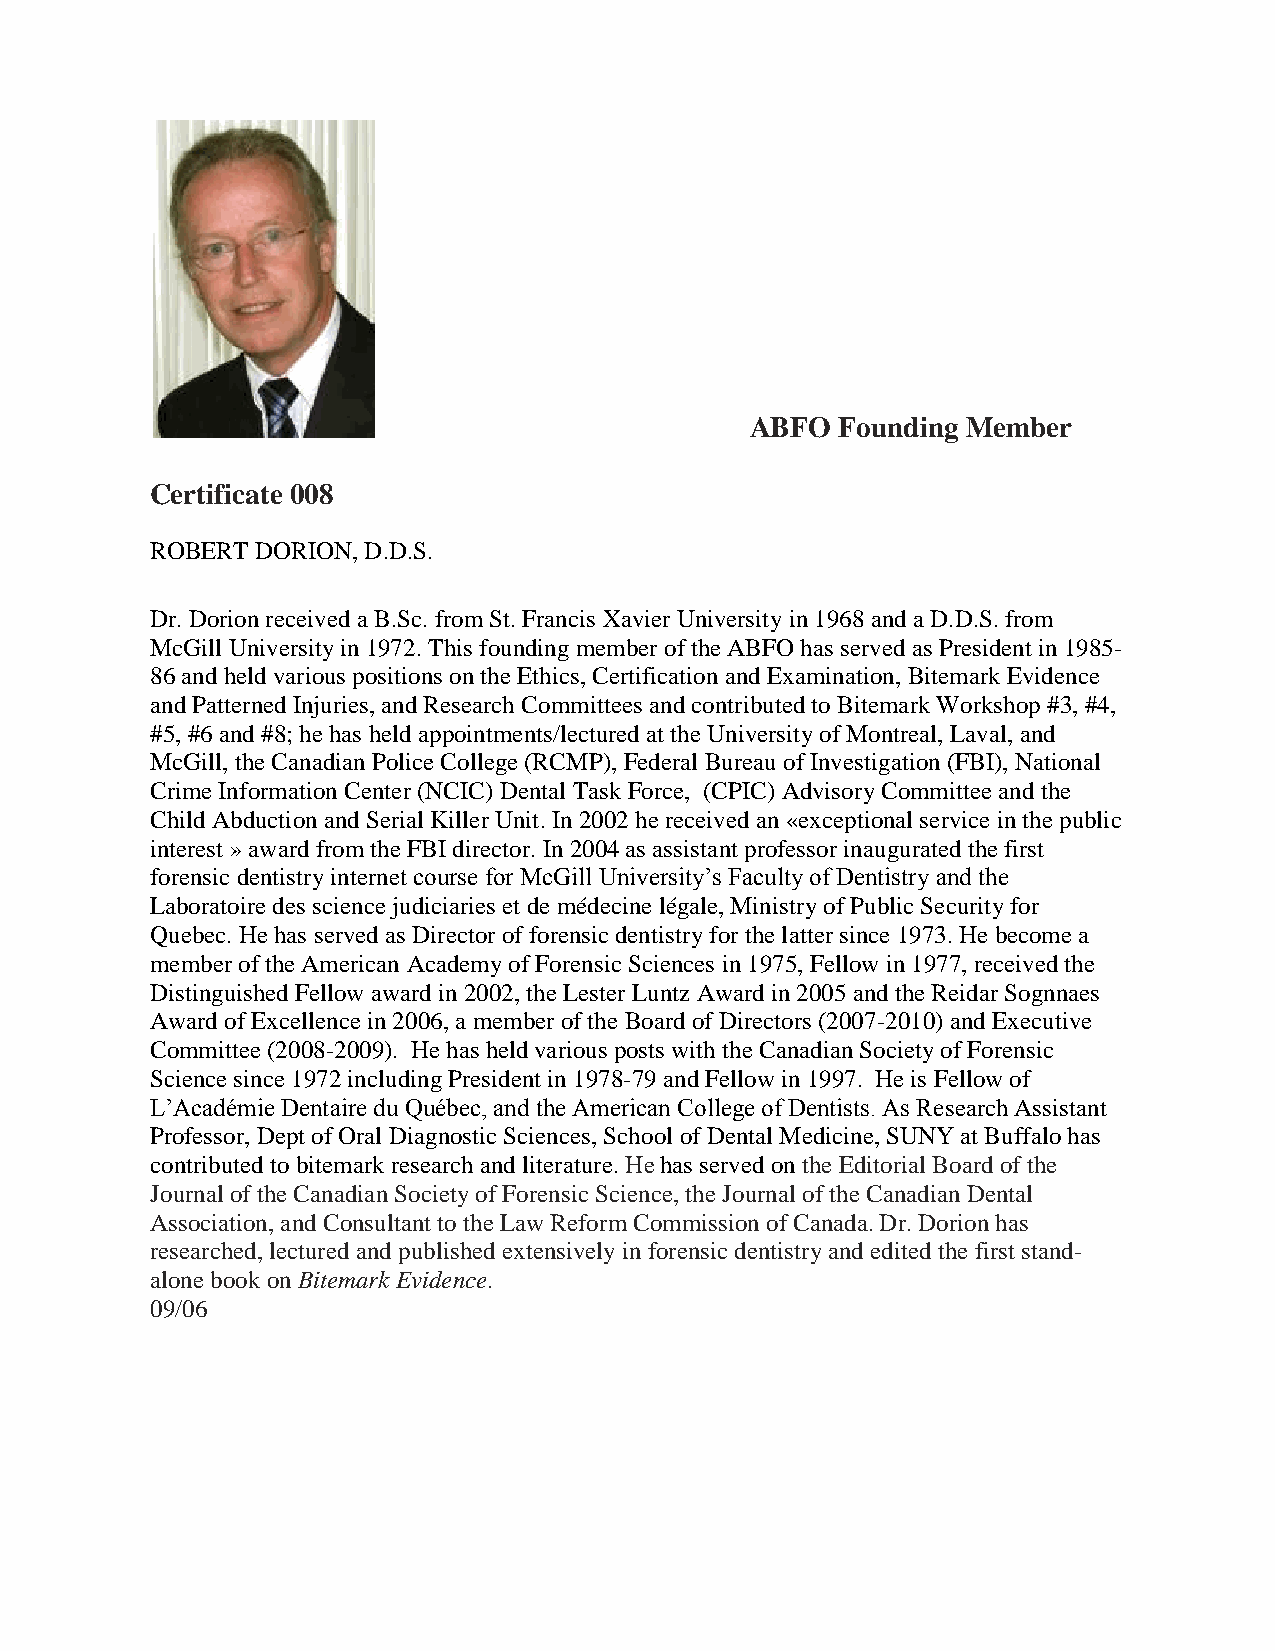
ABFO  Founding Member
 Certificate 008
 ROBERT DORION, D.D.S.
 Dr. Dorion received a B.Sc. from St. Francis Xavier University in 1968 and a D.D.S. from
 McGill University in 1972. This founding member of the ABFO has served as President in 1985-
 86 and held various positions on the Ethics, Certification and Examination, Bitemark Evidence
 and Patterned Injuries, and Research Committees and contributed to Bitemark Workshop #3, #4,
 #5, #6 and #8; he has held appointments/lectured at the University of Montreal, Laval, and
 McGill, the Canadian Police College (RCMP), Federal Bureau of Investigation (FBI), National
 Crime Information Center (NCIC) Dental Task Force, (CPIC) Advisory Committee and the
 Child Abduction and Serial Killer Unit. In 2002 he received an «exceptional service in the public
 interest » award from the FBI director. In 2004 as assistant professor inaugurated the first
 forensic dentistry internet course for McGill University’s Faculty of Dentistry and the
 Laboratoire des science judiciaries et de médecine légale, Ministry of Public Security for
 Quebec. He has served as Director of forensic dentistry for the latter since 1973. He become a
 member of the American Academy of Forensic Sciences in 1975, Fellow in 1977, received the
 Distinguished Fellow award in 2002, the Lester Luntz Award in 2005 and the Reidar Sognnaes
 Award of Excellence in 2006, a member of the Board of Directors (2007-2010) and Executive
 Committee (2008-2009). He has held various posts with the Canadian Society of Forensic
 Science since 1972 including President in 1978-79 and Fellow in 1997. He is Fellow of
 L’Académie Dentaire du Québec, and the American College of Dentists. As Research Assistant
 Professor, Dept of Oral Diagnostic Sciences, School of Dental Medicine, SUNY at Buffalo has
 contributed to bitemark research and literature. He has served on the Editorial Board of the
 Journal of the Canadian Society of Forensic Science, the Journal of the Canadian Dental
 Association, and Consultant to the Law Reform Commission of Canada. Dr. Dorion has
 researched, lectured and published extensively in forensic dentistry and edited the first stand-
 alone book on Bitemark Evidence.
 09/06